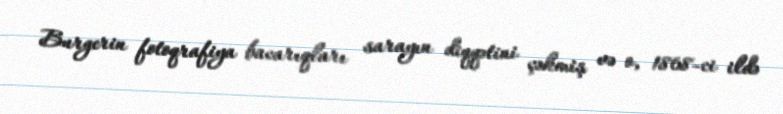
Burgerin fotoqrafiya bacarıqları sarayın diqqətini çəkmiş və o, 1868-ci ildə